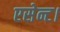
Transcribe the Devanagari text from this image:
एसेन्ट।